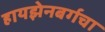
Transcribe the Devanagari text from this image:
हायझेनबर्गचा